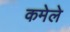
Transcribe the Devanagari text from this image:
कमेले